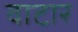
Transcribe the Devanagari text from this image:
वाटार